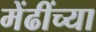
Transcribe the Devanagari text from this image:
मेंढींच्या